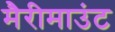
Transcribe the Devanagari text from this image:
मैरीमाउंट